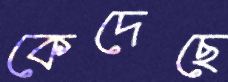
কেদেছে